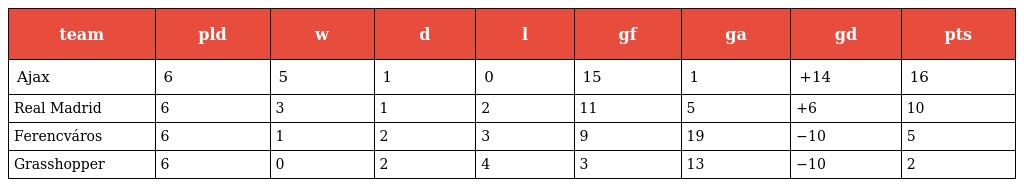
| team | pld | w | d | l | gf | ga | gd | pts |
 | --- | --- | --- | --- | --- | --- | --- | --- | --- |
 | Ajax | 6 | 5 | 1 | 0 | 15 | 1 | +14 | 16 |
 | Real Madrid | 6 | 3 | 1 | 2 | 11 | 5 | +6 | 10 |
 | Ferencváros | 6 | 1 | 2 | 3 | 9 | 19 | −10 | 5 |
 | Grasshopper | 6 | 0 | 2 | 4 | 3 | 13 | −10 | 2 |